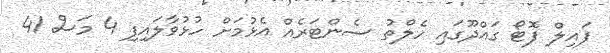
ފައިލް ފޮޓޯ ގައްދޫގައި ހެލްތު ސެންޓަރެއް އެޅުމަށް ހުޅުވާލައިފި 4 މަސް 41